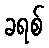
ခရစ်